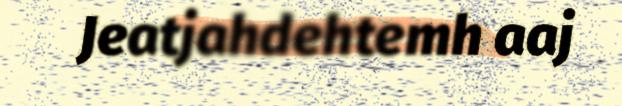
Jeatjahdehtemh aaj